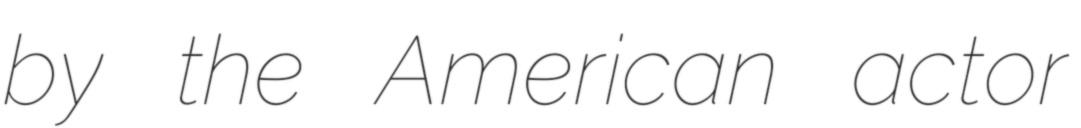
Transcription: by the American actor